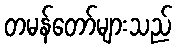
တမန်တော်များသည်